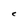
Character: C